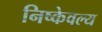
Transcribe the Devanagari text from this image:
निष्केवल्य